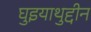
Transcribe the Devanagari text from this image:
घुइयाथुद्दीन